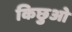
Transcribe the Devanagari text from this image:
किछुओ